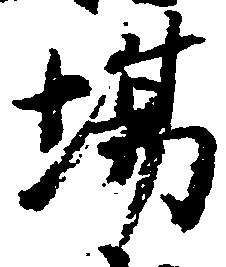
場